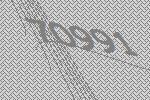
70991